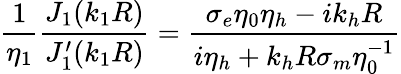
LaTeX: \frac{1}{\eta_{1}}\frac{J_{1}(k_{1}R)}{J_{1}^{\prime}(k_{1}R)}=\frac{\sigma_{e}\eta_{0}\eta_{h}-ik_{h}R}{i\eta_{h}+k_{h}R\sigma_{m}\eta_{0}^{-1}}